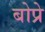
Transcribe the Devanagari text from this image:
बोप्रे